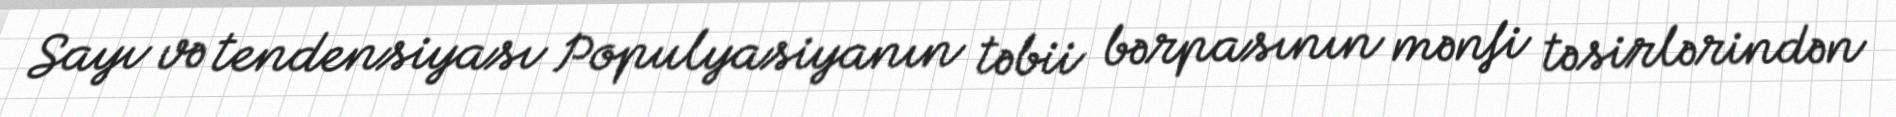
Sayı və tendensiyası Populyasiyanın təbii bərpasının mənfi təsirlərindən